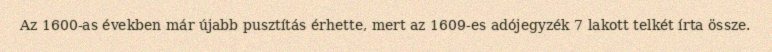
Az 1600-as években már újabb pusztítás érhette, mert az 1609-es adójegyzék 7 lakott telkét írta össze.